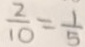
\frac { 2 } { 1 0 } = \frac { 1 } { 5 }